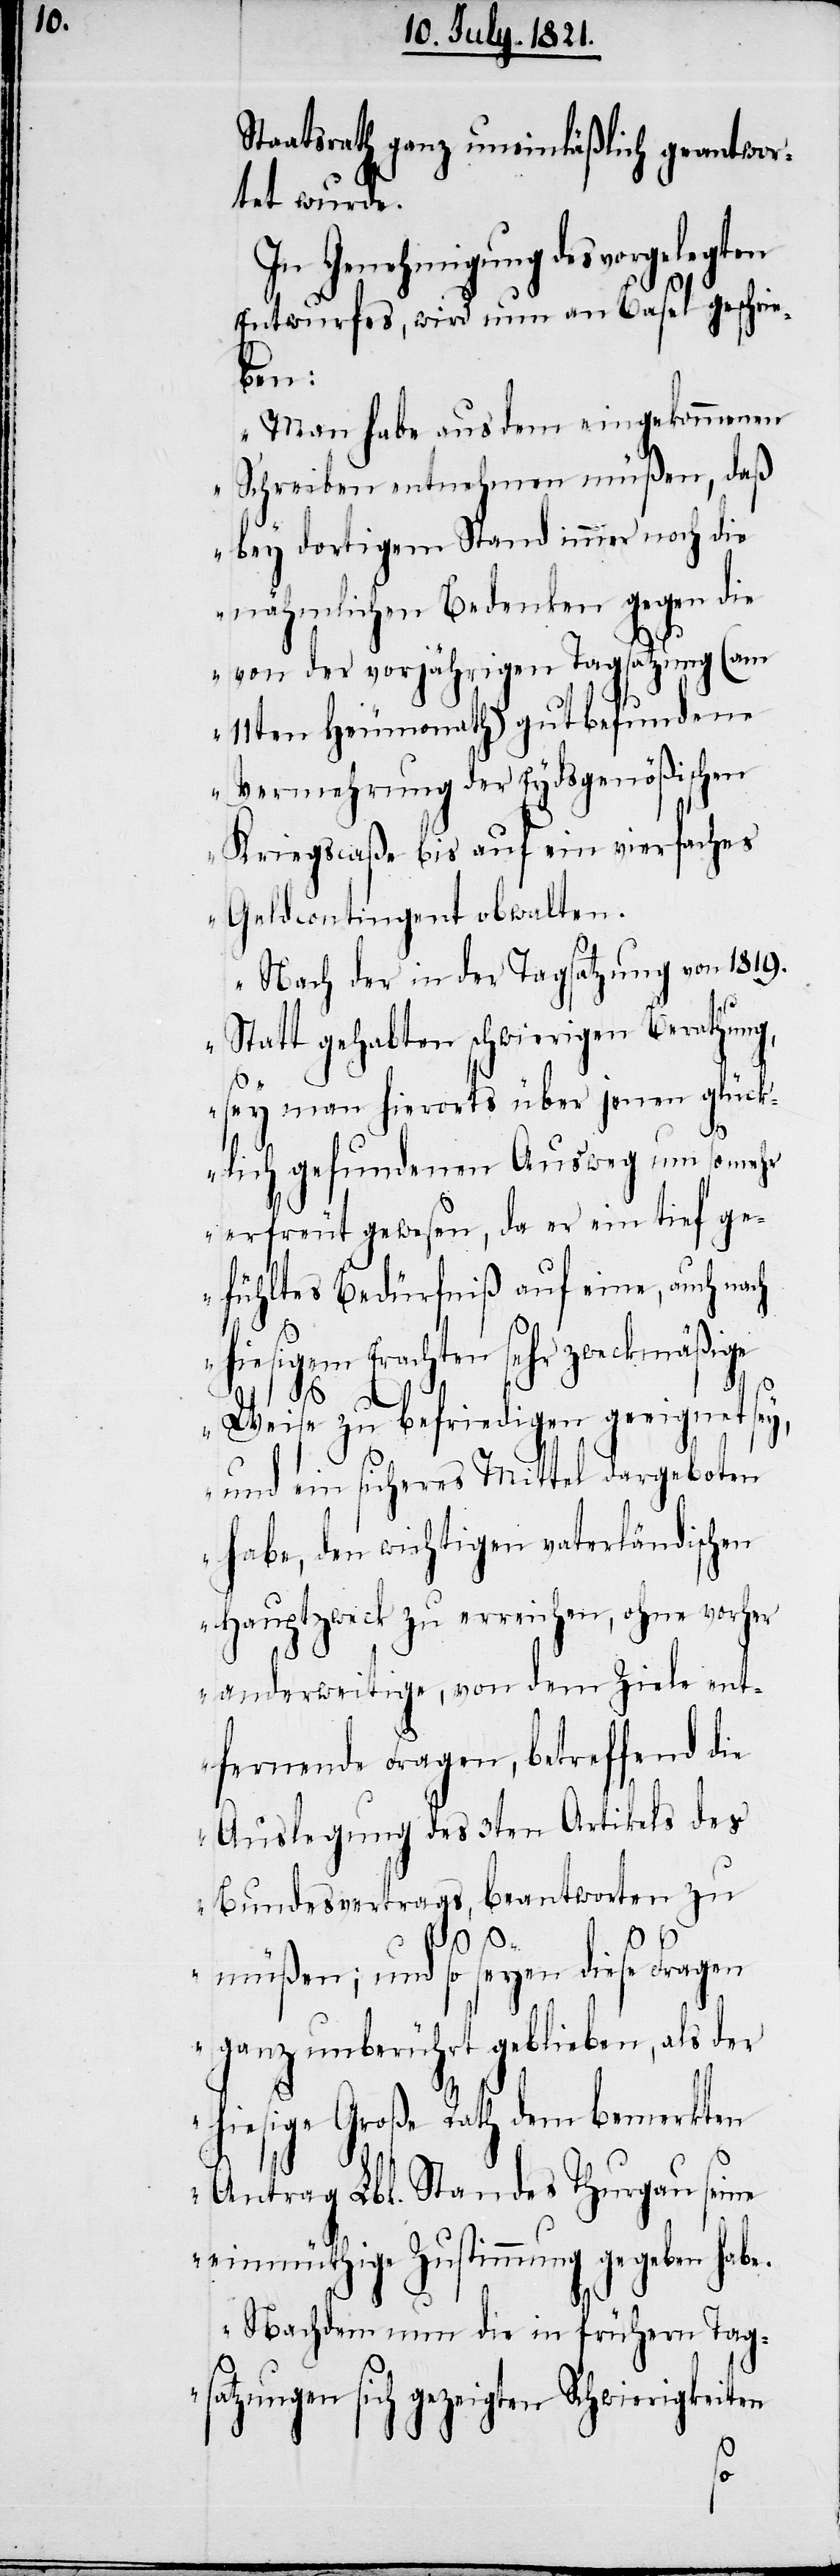
Staatsrath ganz uneinläßlich geantwor¬
tet wurde.
In Genehmigung des vorgelegten
Entwurfes, wird nun an Basel geschrie¬
ben:
„Man habe aus dem eingekommenen
Schreiben entnehmen müßen, daß
bey dortigem Stand immer noch die
nähmlichen Bedenken gegen die
von der vorjährigen Tagsatzung (am
11ten Heumonath) gut befundene
Vermehrung der Eydsgenößischen
Kriegscaße bis auf ein vierfaches
Geldcontingent obwalten.
Nach der in der Tagsatzung von 1819.
Statt gehabten schwierigen Berathung,
sey man hierorts über jenen glück¬
lich gefundenen Ausweg um so mehr
erfreut gewesen, da er ein tief ge¬
fühltes Bedürfniß auf eine, auch nach
hiesigem Erachten sehr zweckmäßige
Weise zu befriedigen geeignet sey,
und ein sicheres Mittel dargeboten
habe, den wichtigen vaterländischen
Hauptzweck zu erreichen, ohne vorher
anderweitige, von dem Ziele ent¬
fernende Fragen, betreffend die
Auslegung des 3ten Artikels des
Bundesvertrags, beantworten zu
yen diese Fragen
müßen; und so se¬
ganz unberührt geblieben, als der
hiesige Große Rath dem bemerkten
Antrag Lbl. Standes Thurgau seine
einmüthige Zustimmung gegeben habe.
Nachdem nun die in frühern Tag¬
satzungen sich gezeigten Schwierigkeiten